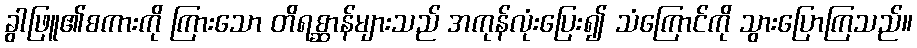
ခွါဖြူ၏စကားကို ကြားသော တိရစ္ဆာန်များသည် အကုန်လုံးပြေး၍ သံကြောင်ကို သွားပြောကြသည်။